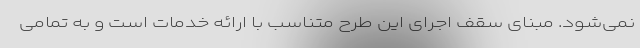
نمی‌شود. مبنای سقف اجرای این طرح متناسب با ارائه خدمات است و به تمامی